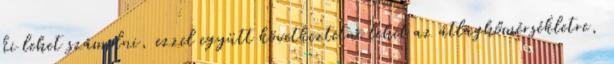
ki lehet számolni, ezzel együtt következtetni lehet az átlaghőmérsékletre,